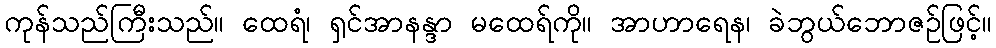
ကုန်သည်ကြီးသည်။ ထေရံ၊ ရှင်အာနန္ဒာ မထေရ်ကို။ အာဟာရေန၊ ခဲဘွယ်ဘောဇဉ်ဖြင့်။